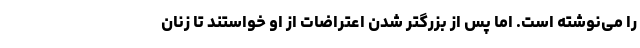
را می‌نوشته است. اما پس از بزرگتر شدن اعتراضات از او خواستند تا زنان